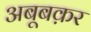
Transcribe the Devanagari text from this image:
अबूबक़र